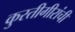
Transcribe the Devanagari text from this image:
कुस्तीगीरांची